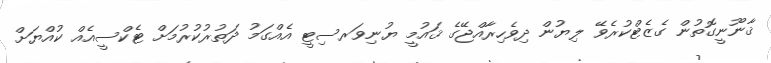
ޤާނޫނީގޮތުން ގެޒެޓްކުރެވޭ ލިޔުން ދިވެހިރާއްޖޭގެ ޤައުމީ ޔުނިވަރސިޓީ އެއްގަމު ދަތުރުކުރުމަށް ޓެކްސީއެއް ކުއްޔަށް